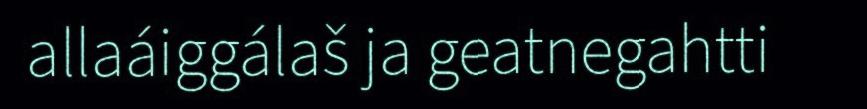
allaáiggálaš ja geatnegahtti